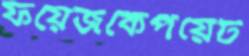
ফয়েজকেপয়েট